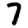
Digit: 7